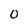
Character: 0